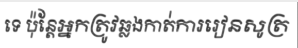
ទេ ប៉ុន្តែអ្នកត្រូវឆ្លងកាត់ការរៀនសូត្រ